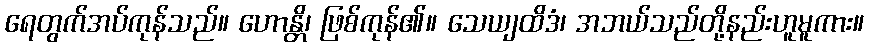
ရေတွက်အပ်ကုန်သည်။ ဟောန္တိ၊ ဖြစ်ကုန်၏။ သေယျထိဒံ၊ အဘယ်သည်တို့နည်းဟူမူကား။